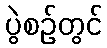
ပွဲစဉ်တွင်